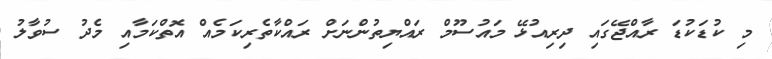
މި ކުޑަކުޑަ ރާއްޖޭގައި ދިރިއުޅޭ މައުސޫމް ރައްޔިތުންނަށް ރައްކާތެރިކަމެއް އޮތްކަމާއި މެދު ސުވާލު